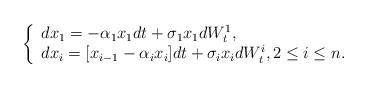
LaTeX: \begin{align*}\left\{\begin{array}{l}dx_1=-\alpha_1x_1dt+\sigma_1x_1dW_t^1,\\dx_i=[x_{i-1}-\alpha_ix_i]dt+\sigma_ix_idW_t^i,2\leq i\leq n.\end{array}\right.\end{align*}